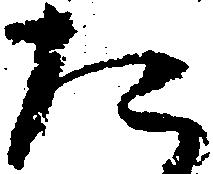
た